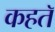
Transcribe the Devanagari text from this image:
कहतॅ